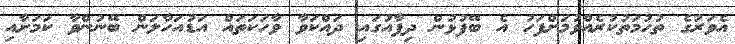
އެވަރުގެ ތުހުމަތުކުރެއްވުމަށްފަހު އެ ބޭފުޅުން ދިފާއުގައި ދައްކަވާ ވާހަކަތައް އަޑުއަހާލަން ބޭނުންވާ ކަމަށާއި